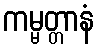
ကမ္မတ္တာနံ